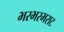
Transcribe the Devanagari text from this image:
भरभरभराट